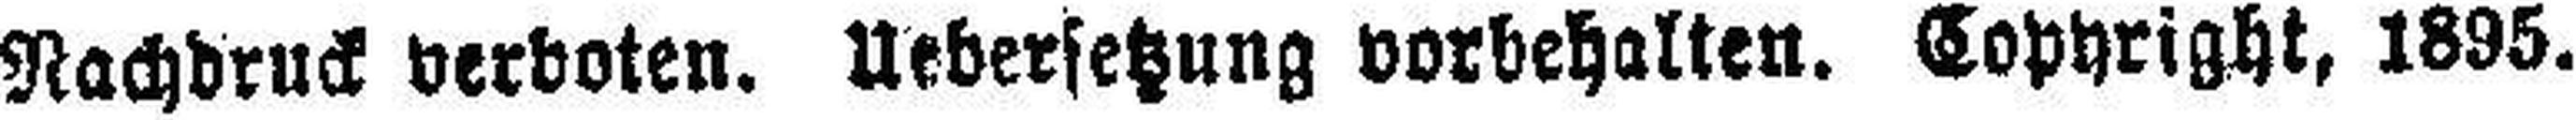
Nachdruck verboten. Uebersetzung vorbehalten. Copyright, 1895.